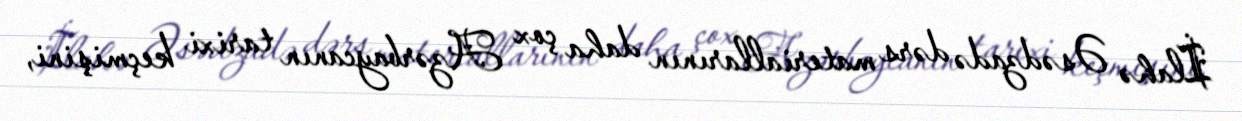
İlahə Əsədzadə dərs materiallarının daha çox Azərbaycanın tarixi keçmişini,